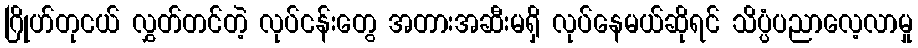
ဂြိုဟ်တုငယ် လွှတ်တင်တဲ့ လုပ်ငန်းတွေ အတားအဆီးမရှိ လုပ်နေမယ်ဆိုရင် သိပ္ပံပညာလေ့လာမှု